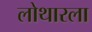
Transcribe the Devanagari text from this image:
लोथारला